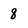
Character: 8